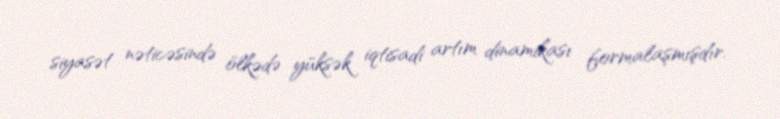
siyasət nəticəsində ölkədə yüksək iqtisadi artım dinamikası formalaşmışdır.